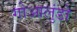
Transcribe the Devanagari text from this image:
गोआलुंडो